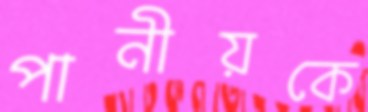
পানীয়কে